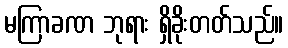
မကြာခဏ ဘုရား ရှိခိုးတတ်သည်။